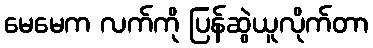
မေမေက လက်ကို ပြန်ဆွဲယူလိုက်တာ